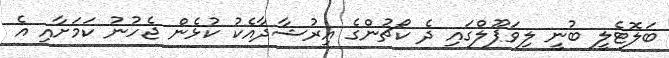
ބަލޮޓެލީ ބުނީ ލިވަޕޫލްގައި ދެ ކޯޗުންގެ އިރުޝާދާއެކު ކުޅެން ޖެހުނު ކަމަށާއި އެ